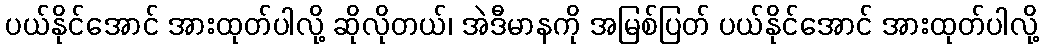
ပယ်နိုင်အောင် အားထုတ်ပါလို့ ဆိုလိုတယ်၊ အဲဒီမာနကို အမြစ်ပြတ် ပယ်နိုင်အောင် အားထုတ်ပါလို့